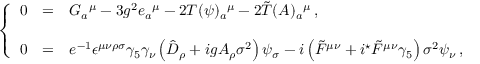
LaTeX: \left\{ \begin{array} { r c l } { { 0 } } & { { = } } & { { G _ { a } { } ^ { \mu } - 3 g ^ { 2 } e _ { a } { } ^ { \mu } - 2 T ( \psi ) _ { a } { } ^ { \mu } - 2 \tilde { T } ( A ) _ { a } { } ^ { \mu } \, , } } \\ { { } } & { { } } & { { } } \\ { { 0 } } & { { = } } & { { e ^ { - 1 } \epsilon ^ { \mu \nu \rho \sigma } \gamma _ { 5 } \gamma _ { \nu } \left( \hat { \cal D } _ { \rho } + i g A _ { \rho } \sigma ^ { 2 } \right) \psi _ { \sigma } - i \left( \tilde { F } ^ { \mu \nu } + i { } ^ { \star } \tilde { F } ^ { \mu \nu } \gamma _ { 5 } \right) \sigma ^ { 2 } \psi _ { \nu } \, , } } \end{array} \right.